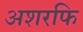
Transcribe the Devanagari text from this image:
अशरफि